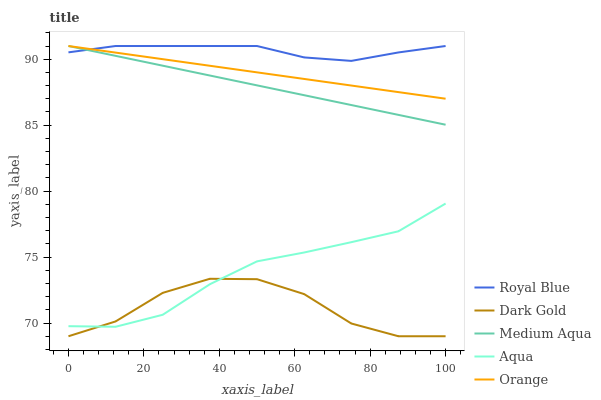
| xaxis_label | Royal Blue | Dark Gold | Medium Aqua | Aqua | Orange |
 | --- | --- | --- | --- | --- | --- |
 | 0 | 90.5 | 69 | 91 | 69.8 | 91 |
 | 12.5 | 91 | 70.1 | 90.3 | 69.7 | 90.5 |
 | 25 | 91 | 72.3 | 89.5 | 70.6 | 90 |
 | 37.5 | 91 | 73.4 | 88.8 | 72.9 | 89.5 |
 | 50 | 91 | 73.3 | 88 | 74.7 | 89 |
 | 62.5 | 90.1 | 72.2 | 87.3 | 75.3 | 88.5 |
 | 75 | 89.9 | 70 | 86.5 | 76.1 | 88 |
 | 87.5 | 90.5 | 69 | 85.8 | 77 | 87.5 |
 | 100 | 91 | 69 | 85 | 79.1 | 87 |